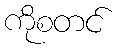
ကိုစတင်